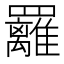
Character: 䍦